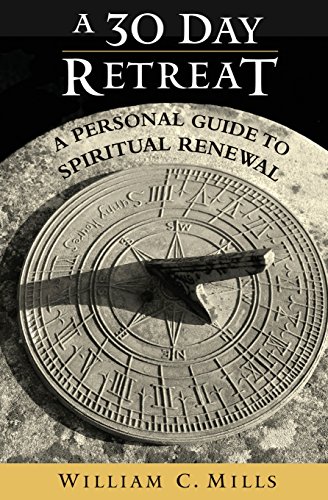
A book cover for A 30 Day Retreat: A Personal Guide to Spiritual Renewal; William C. Mills; Religion & Spirituality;